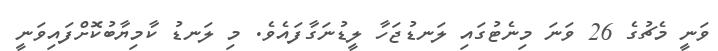
ވަނީ މެޗުގެ 26 ވަނަ މިނެޓުގައި ލަނޑުޖަހާ ލީޑުނަގާފައެވެ. މި ލަނޑު ކާމިޔާބުކޮށްފައިވަނީ